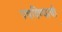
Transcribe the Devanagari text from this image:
पचविण्याची